Regulations for the medical services of the Army of India
Year: 1930
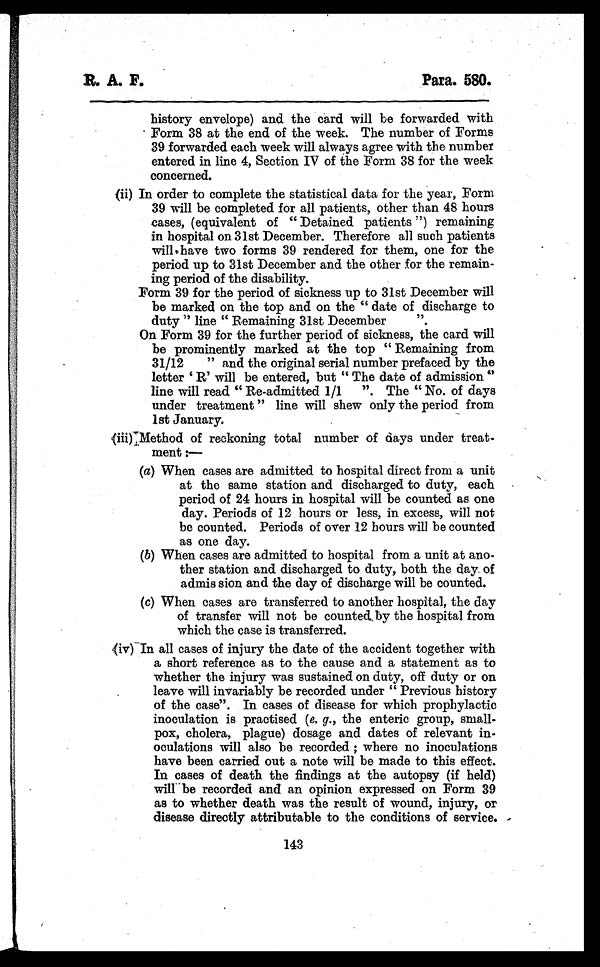
R. A. F.
Para. 580.
history envelope) and the card will be forwarded with
Form 38 at the end of the week. The number of Forms
39 forwarded each week will always agree with the number
entered in line 4, Section IV of the Form 38 for the week
concerned.
(ii) In order to complete the statistical data for the year, Form
39 will be completed for all patients, other than 48 hours
cases, (equivalent of " Detained patients ") remaining
in hospital on 31st December. Therefore all such patients
will have two forms 39 rendered for them, one for the
period up to 31st December and the other for the remain-
ing period of the disability.
Form 39 for the period of sickness up to 31st December will
be marked on the top and on the " date of discharge to
duty " line " Remaining 31st December
On Form 39 for the further period of sickness, the card will
be prominently marked at the top " Remaining from
31/12 " and the original serial number prefaced by the
letter 'R' will be entered, but " The date of admission "
line will read " Re-admitted 1/1 ". The " No. of days
under treatment " line will shew only the period from
1st January.
( i i i ) M e t h o d
of reckoning total number of days under treat-
ment:—
(a) When cases are admitted to hospital direct from a unit
at the same station and discharged to duty, each
period of 24 hours in hospital will be counted as one
day. Periods of 12 hours or less, in excess, will not
be counted. Periods of over 12 hours will be counted
as one day.
(b) When cases are admitted to hospital from a unit at ano-
ther station and discharged to duty, both the day of
admission and the day of discharge will be counted.
(c) When cases are transferred to another hospital, the day
of transfer will not be counted by the hospital from
which the case is transferred.
( i v ) I n a l l c a s e s o f i n j u r y t h e d a t e o f t h e a c c i d e n t t o g e t h e r w i t h
a short reference as to the cause and a statement as to
whether the injury was sustained on duty, off duty or on
leave will invariably be recorded under " Previous history
of the case". In cases of disease for which prophylactic
inoculation is practised (e. g., the enteric group, small-
pox, cholera, plague) dosage and dates of relevant in-
oculations will also be recorded ; where no inoculations
have been carried out a note will be made to this effect.
In cases of death the findings at the autopsy (if held)
will be recorded and an opinion expressed on Form 39
as to whether death was the result of wound, injury, or
disease directly attributable to the conditions of service.
143